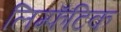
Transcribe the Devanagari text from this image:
लिम्फॅटिक